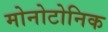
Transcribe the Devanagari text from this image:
मोनोटोनिक